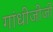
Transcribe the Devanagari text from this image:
गांधीजीजी